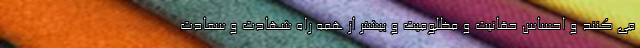
می کنند و احساس حقانیت و مظلومیت و بیشتر از همه راه شهادت و سعادت